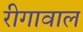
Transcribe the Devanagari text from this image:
रीगावाल